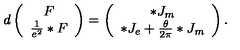
d \left( \begin{array} { c } { F } \\ { \frac { 1 } { e ^ { 2 } } * F } \\ \end{array} \right) = \left( \begin{array} { c } { * J _ { m } } \\ { * J _ { e } + \frac { \theta } { 2 \pi } * J _ { m } } \\ \end{array} \right) .